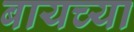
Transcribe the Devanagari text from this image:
बायच्या